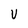
Character: V